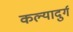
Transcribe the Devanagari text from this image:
कल्यादुर्ग